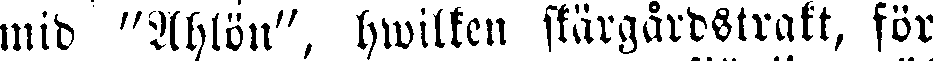
mid "Ahlön", hwilken skärgårdstrakt, för